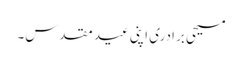
مسیحی برادری اپنی عید مقدس۔